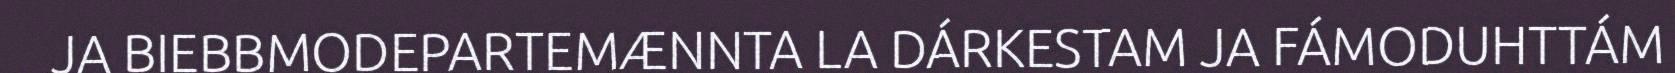
JA BIEBBMODEPARTEMÆNNTA LA DÁRKESTAM JA FÁMODUHTTÁM